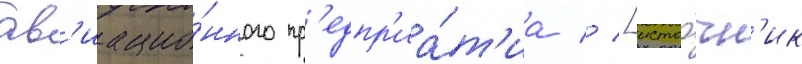
ав'иацио́нного пр'едпр'иа́т'иа // [исто́чн'ик